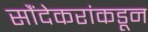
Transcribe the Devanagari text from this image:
सौंदेकरांकडून